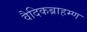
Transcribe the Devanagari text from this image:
वैदिकब्राहम्ण